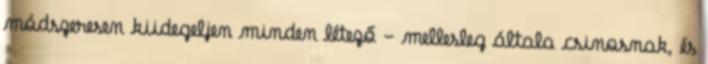
módszeresen kiidegeljen minden létező - mellesleg általa csinosnak, és